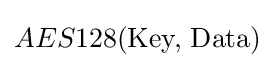
AES128({\text{Key, Data}})